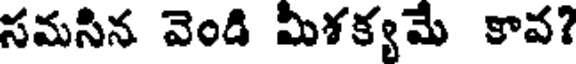
సమసిన వెండి మీశక్యమే కావ?